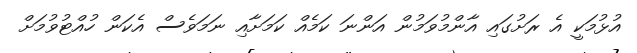
އުޅުމަކީ އެ ރަށުގައި އާންމުވަމުން އަންނަ ކަމެއް ކަމަށާއި ނަމަވެސް އެކަން ހުއްޓުވުމަށް